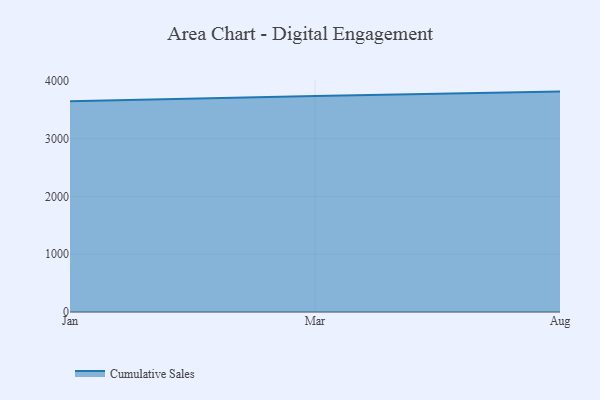
{"axis": {"x": "Month", "y": "Churn Rate (%)"}, "legend": ["Cumulative Sales"], "data": [{"x": "Jan", "y": 3645.7, "type": "Cumulative Sales"}, {"x": "Mar", "y": 3737.2, "type": "Cumulative Sales"}, {"x": "Aug", "y": 3814.0, "type": "Cumulative Sales"}]}